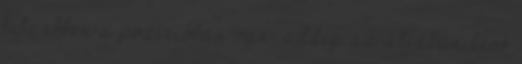
kefe ebben a pozícióban van, addig az útjában lévő